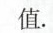
值。